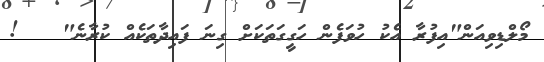
މޯލްޑިވިއަން"އިފުރާ އެކު ހުވަފެން ހަގީގަތަކަށް ގިނަ ފައިދާތަކެއް ކުރާނެ"   !